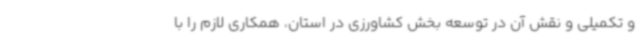
و تکمیلی و نقش آن در توسعه بخش کشاورزی در استان، همکاری لازم را با